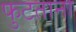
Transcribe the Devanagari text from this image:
फुटताना